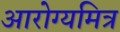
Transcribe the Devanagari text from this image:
आरोग्यमित्र